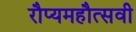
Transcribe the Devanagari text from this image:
रौप्यमहौत्सवी